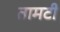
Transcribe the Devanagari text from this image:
तामटी